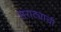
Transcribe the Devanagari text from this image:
सराट्याची